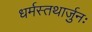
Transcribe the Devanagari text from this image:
धर्मस्तथार्जुनः